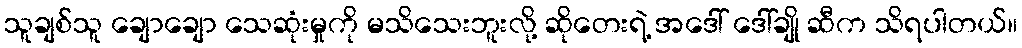
သူချစ်သူ ချောချော သေဆုံးမှုကို မသိသေးဘူးလို့ ဆိုတေးရဲ့ အဒေါ် ဒေါ်ချို ဆီက သိရပါတယ်။